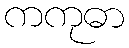
ကကုဓာ